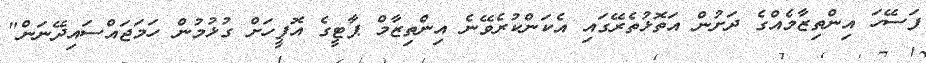
ފަސޭހަ އިންތިޒާމެއްގެ ދަށުން އަތޮޅުތެރޭގައި އެކަންކުރެވޭނެ އިންތިޒާމް ޕާޓީގެ އޮފީހަށް ގުޅުމުން ހަމަޖައްސައިދޭނަން"